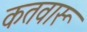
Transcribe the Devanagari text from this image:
कतवारू